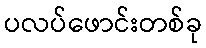
ပလပ်ဖောင်းတစ်ခု